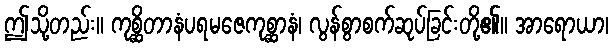
ဤသို့တည်း။ ကုစ္ဆိတာနံပရမဇေကုစ္ဆာနံ၊ လွန်စွာစက်ဆုပ်ခြင်းတို့၏။ အာရောယာ၊